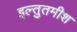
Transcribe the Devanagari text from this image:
इल्तुतमीश